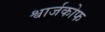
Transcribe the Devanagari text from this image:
श्वार्जकोफ